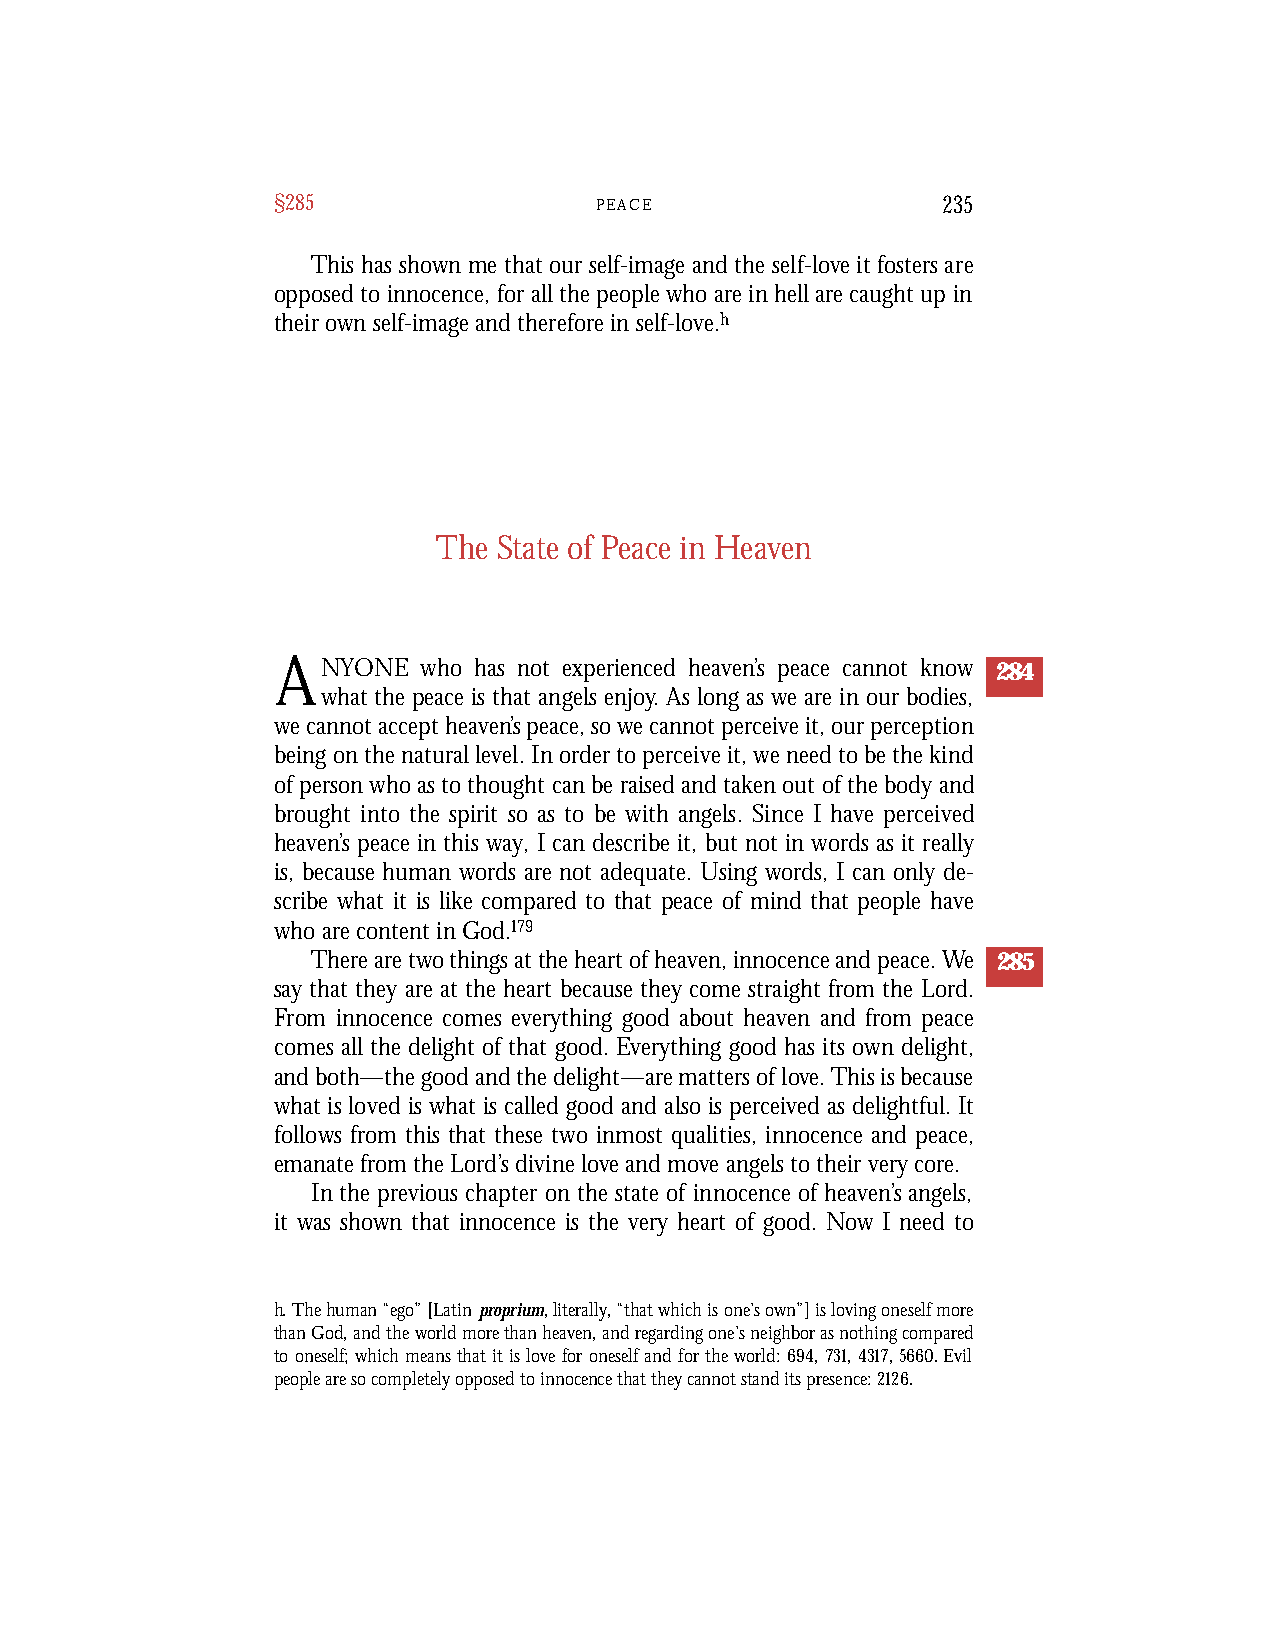
§285                 P E A C E              235
 This has shown me that our self-image and the self-love it fosters are
 opposed to innocence, for all the people who are in hell are caught up in
 their own self-image and therefore in self-love.h
 The State of Peace in Heaven
 ANYONE    who has not experienced heaven’s peace cannot know 284
 what the peace is that angels enjoy. As long as we are in our bodies,
 we cannot accept heaven’s peace, so we cannot perceive it, our perception
 being on the natural level. In order to perceive it, we need to be the kind
 of person who as to thought can be raised and taken out of the body and
 brought into the spirit so as to be with angels. Since I have perceived
 heaven’s peace in this way, I can describe it, but not in words as it really
 is, because human words are not adequate. Using words, I can only de-
 scribe what it is like compared to that peace of mind that people have
 who are content in God.179
 There are two things at the heart of heaven, innocence and peace. We 285
 say that they are at the heart because they come straight from the Lord.
 From innocence comes everything good about heaven and from peace
 comes all the delight of that good. Everything good has its own delight,
 and both—the good and the delight—are matters of love. This is because
 what is loved is what is called good and also is perceived as delightful. It
 follows from this that these two inmost qualities, innocence and peace,
 emanate from the Lord’s divine love and move angels to their very core.
 In the previous chapter on the state of innocence of heaven’s angels,
 it was shown that innocence is the very heart of good. Now I need to
 h. The human “ego” [Latin proprium, literally, “that which is one’s own”] is loving oneself more
 than God, and the world more than heaven, and regarding one’s neighbor as nothing compared
 to oneself; which means that it is love for oneself and for the world: 694,731,4317,5660. Evil
 people are so completely opposed to innocence that they cannot stand its presence: 2126.